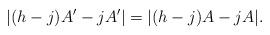
LaTeX: \begin{align*}|(h-j)A' - jA'| = |(h-j)A - jA|.\end{align*}